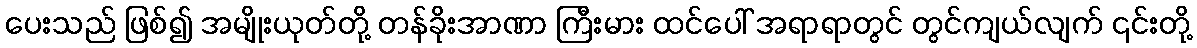
ပေးသည် ဖြစ်၍ အမျိုးယုတ်တို့ တန်ခိုးအာဏာ ကြီးမား ထင်ပေါ် အရာရာတွင် တွင်ကျယ်လျက် ၎င်းတို့